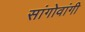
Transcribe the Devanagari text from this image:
सांगोवांगी